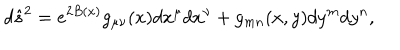
{ d \hat { s } ^ { 2 } = e ^ { 2 B ( x ) } g _ { \mu \nu } ( x ) d x ^ { \mu } d x ^ { \nu } + g _ { m n } ( x , y ) d y ^ { m } d y ^ { n } , }